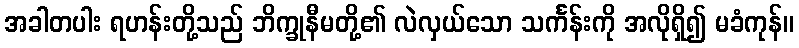
အခါတပါး ရဟန်းတို့သည် ဘိက္ခုနီမတို့၏ လဲလှယ်သော သင်္ကန်းကို အလိုရှိ၍ မခံကုန်။